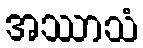
အဿာသံ